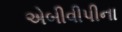
એબીવીપીના